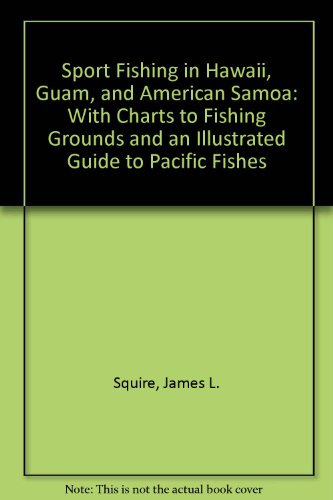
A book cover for Sport Fishing in Hawaii, Guam, and American Samoa: With Charts to Fishing Grounds and an Illustrated Guide to Pacific Fishes; James L. Squire; Travel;